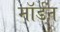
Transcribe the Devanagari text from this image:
माॅर्डन